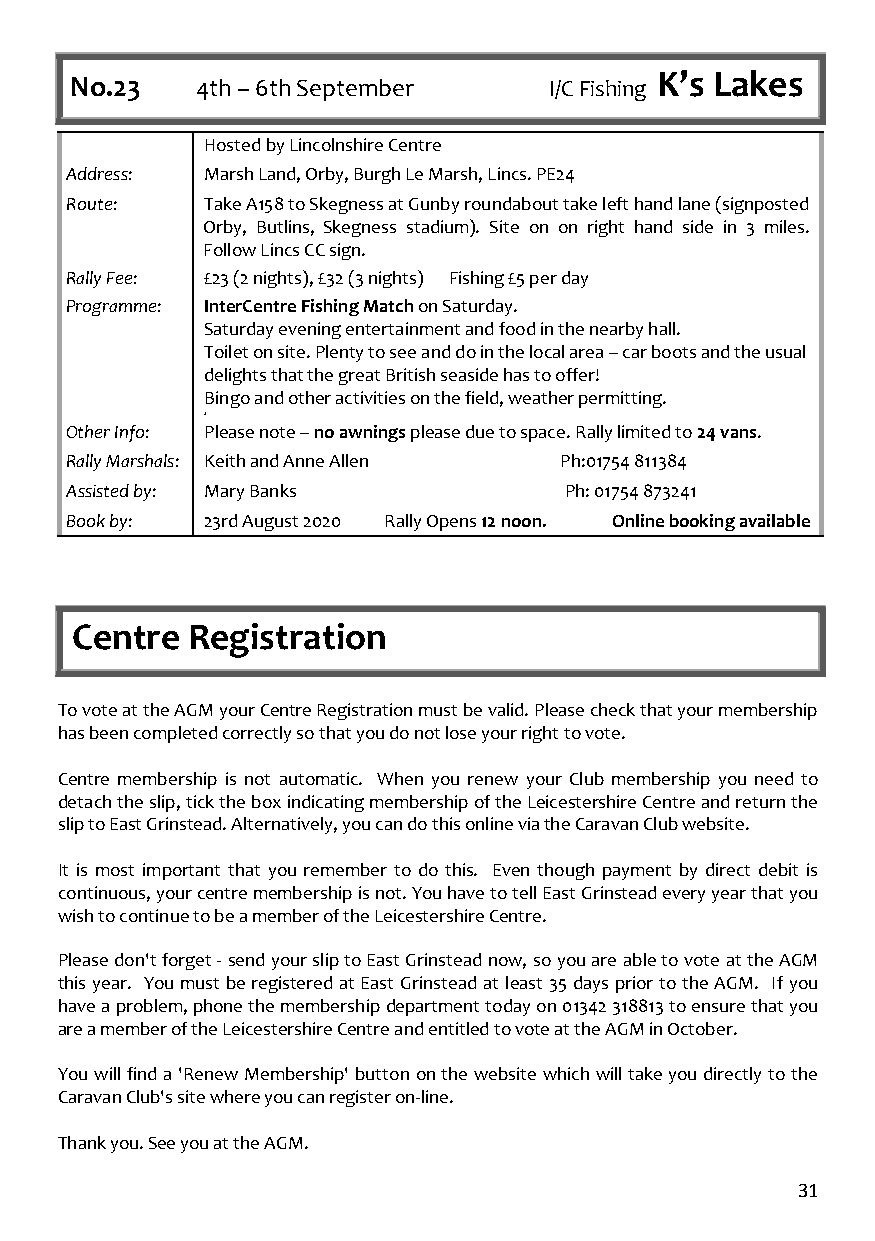
No.23   4th – 6th September    I/C Fishing K’s Lakes
 Hosted by Lincolnshire Centre
 Address:  Marsh Land, Orby, Burgh Le Marsh, Lincs. PE24
 Route:    Take A158 to Skegness at Gunby roundabout take left hand lane (signposted
 Orby, Butlins, Skegness stadium). Site on on right hand side in 3 miles.
 Follow Lincs CC sign.
 Rally Fee: £23 (2 nights), £32 (3 nights) Fishing £5 per day
 Programme: InterCentre Fishing Match on Saturday.
 Saturday evening entertainment and food in the nearby hall.
 Toilet on site. Plenty to see and do in the local area – car boots and the usual
 delights that the great British seaside has to offer!
 Bingo and other activities on the field, weather permitting.
 2
 Other Info: Please note – no awnings please due to space. Rally limited to 24 vans.
 Rally Marshals: Keith and Anne Allen Ph:01754 811384
 Assisted by: Mary Banks          Ph: 01754 873241
 Book by:  23rd August 2020 Rally Opens 12 noon. Online booking available
 Centre Registration
 To vote at the AGM your Centre Registration must be valid. Please check that your membership
 has been completed correctly so that you do not lose your right to vote.
 Centre membership is not automatic. When you renew your Club membership you need to
 detach the slip, tick the box indicating membership of the Leicestershire Centre and return the
 slip to East Grinstead. Alternatively, you can do this online via the Caravan Club website.
 It is most important that you remember to do this. Even though payment by direct debit is
 continuous, your centre membership is not. You have to tell East Grinstead every year that you
 wish to continue to be a member of the Leicestershire Centre.
 Please don't forget - send your slip to East Grinstead now, so you are able to vote at the AGM
 this year. You must be registered at East Grinstead at least 35 days prior to the AGM. If you
 have a problem, phone the membership department today on 01342 318813 to ensure that you
 are a member of the Leicestershire Centre and entitled to vote at the AGM in October.
 You will find a 'Renew Membership' button on the website which will take you directly to the
 Caravan Club's site where you can register on-line.
 Thank you. See you at the AGM.
 31